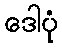
ဒေါပုံ